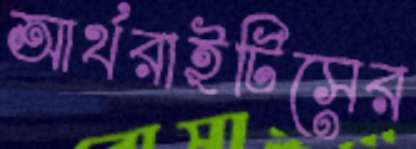
আর্থরাইটিসের